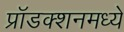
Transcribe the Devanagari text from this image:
प्रॉडक्शनमध्ये